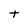
Character: t